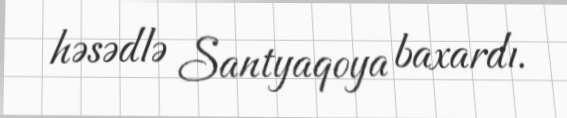
həsədlə Santyaqoya baxardı.